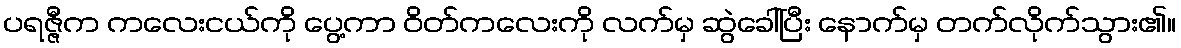
ပရဇ္ဇီက ကလေးငယ်ကို ပွေ့ကာ ဝိတ်ကလေးကို လက်မှ ဆွဲခေါ်ပြီး နောက်မှ တက်လိုက်သွား၏။